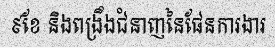
៩ខែ និងពង្រឹងជំនាញនៃផែនការងារ